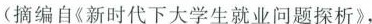
(摘编自《新时代下大学生就业问题探析》，